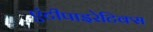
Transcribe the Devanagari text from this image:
एंटीपाइरेटिक्स